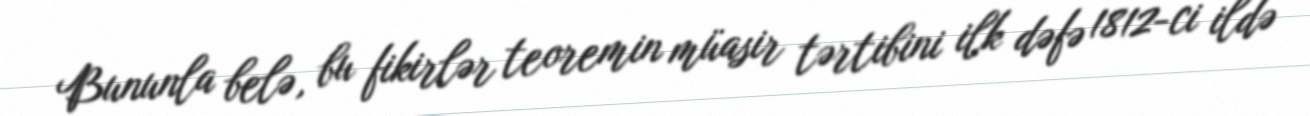
Bununla belə, bu fikirlər teoremin müasir tərtibini ilk dəfə 1812-ci ildə